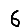
Digit: 6